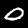
Label: 0